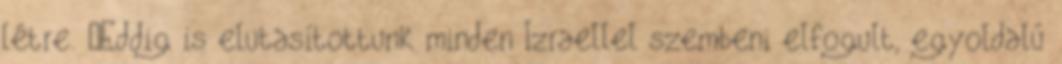
létre. „Eddig is elutasítottunk minden Izraellel szembeni elfogult, egyoldalú